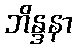
ဘိန္ဒနာ